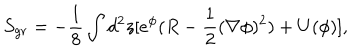
S _ { g r } = - { \frac { 1 } { 8 } } \int _ { } ^ { } d ^ { 2 } z [ e ^ { \phi } ( R - { \frac { 1 } { 2 } } ( \nabla \phi ) ^ { 2 } ) + U ( \phi ) ] ,